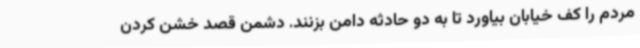
مردم را کف خیابان بیاورد تا به دو حادثه دامن بزنند. دشمن قصد خشن کردن